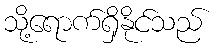
သို့ရောက်ရှိနိုင်သည်